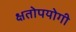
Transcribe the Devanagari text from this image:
क्षतोपयोगी